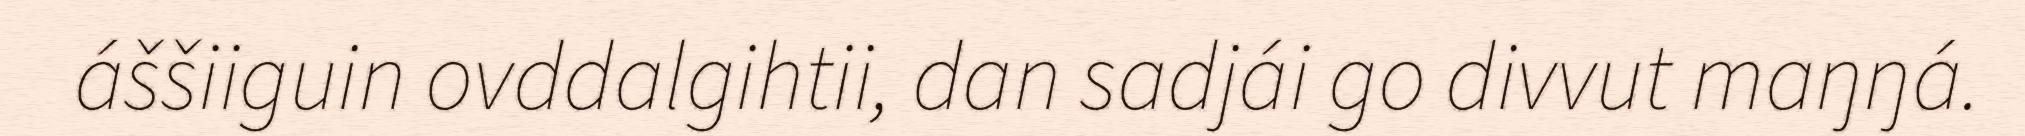
áššiiguin ovddalgihtii, dan sadjái go divvut maŋŋá.